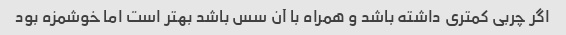
اگر چربی کمتری داشته باشد و همراه با آن سس باشد بهتر است اما خوشمزه بود